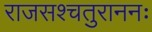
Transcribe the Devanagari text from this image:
राजसश्चतुराननः